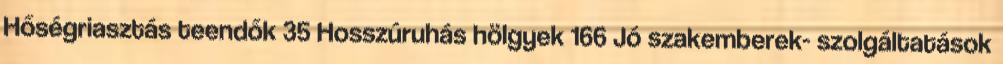
Hőségriasztás teendők 35 Hosszúruhás hölgyek 166 Jó szakemberek- szolgáltatások